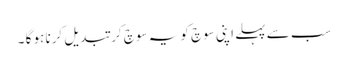
سب سے پہلے اپنی سوچ کو یہ سوچ کر تبدیل کرنا ہو گا ۔